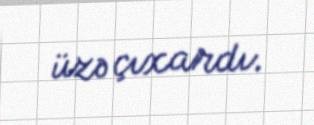
üzə çıxardı.